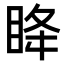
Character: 𫞳